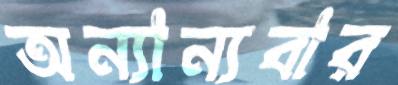
অন্যান্যবার